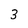
Character: 3